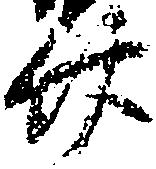
廿